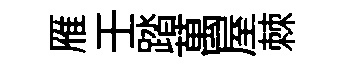
雁壬踏萬屋棘